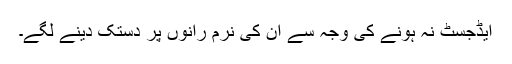
ایڈجسٹ نہ ہونے کی وجہ سے ان کی نرم رانوں پر دستک دینے لگے۔